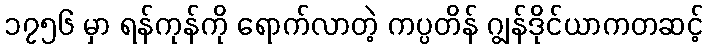
၁၇၅၆ မှာ ရန်ကုန်ကို ရောက်လာတဲ့ ကပ္ပတိန် ဂျွန်ဒိုင်ယာကတဆင့်